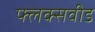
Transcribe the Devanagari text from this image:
फ्लक्सवीड